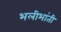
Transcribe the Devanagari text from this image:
भलीभांती